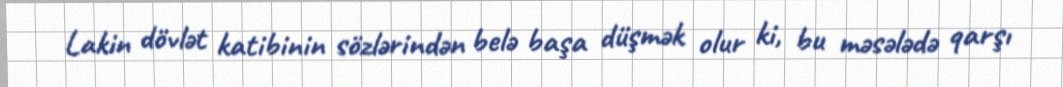
Lakin dövlət katibinin sözlərindən belə başa düşmək olur ki, bu məsələdə qarşı